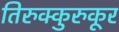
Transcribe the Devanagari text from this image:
तिरुक्कुरुकूर